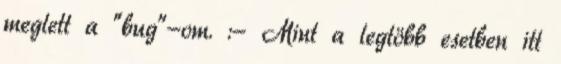
meglett a “bug”-om. :- Mint a legtöbb esetben itt